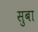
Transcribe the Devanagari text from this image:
सुबा